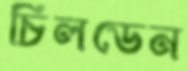
চিলডেন